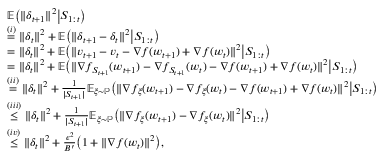
\begin{array} { r l } & { \mathbb { E } \big ( \| \delta _ { t + 1 } \| ^ { 2 } \big | S _ { 1 : t } \big ) } \\ & { \overset { ( i ) } { = } \| \delta _ { t } \| ^ { 2 } + \mathbb { E } \big ( \| \delta _ { t + 1 } - \delta _ { t } \| ^ { 2 } \big | S _ { 1 : t } \big ) } \\ & { = \| \delta _ { t } \| ^ { 2 } + \mathbb { E } \big ( \| v _ { t + 1 } - v _ { t } - \nabla f ( w _ { t + 1 } ) + \nabla f ( w _ { t } ) \| ^ { 2 } \big | S _ { 1 : t } \big ) } \\ & { = \| \delta _ { t } \| ^ { 2 } + \mathbb { E } \big ( \| \nabla f _ { S _ { t + 1 } } ( { w _ { t + 1 } } ) - \nabla f _ { S _ { t + 1 } } ( w _ { t } ) - \nabla f ( w _ { t + 1 } ) + \nabla f ( w _ { t } ) \| ^ { 2 } \big | S _ { 1 : t } \big ) } \\ & { \overset { ( i i ) } { = } \| \delta _ { t } \| ^ { 2 } + \frac { 1 } { | S _ { t + 1 } | } \mathbb { E } _ { \xi \sim \mathbb { P } } \big ( \| \nabla f _ { \xi } ( { w _ { t + 1 } } ) - \nabla f _ { \xi } ( w _ { t } ) - \nabla f ( w _ { t + 1 } ) + \nabla f ( w _ { t } ) \| ^ { 2 } \big | S _ { 1 : t } \big ) } \\ & { \overset { ( i i i ) } { \le } \| \delta _ { t } \| ^ { 2 } + \frac { 1 } { | S _ { t + 1 } | } \mathbb { E } _ { \xi \sim \mathbb { P } } \big ( \| \nabla f _ { \xi } ( { w _ { t + 1 } } ) - \nabla f _ { \xi } ( w _ { t } ) \| ^ { 2 } \big | S _ { 1 : t } \big ) } \\ & { \overset { ( i v ) } { \le } \| \delta _ { t } \| ^ { 2 } + \frac { \epsilon ^ { 2 } } { B ^ { \prime } } \big ( 1 + \| \nabla f ( w _ { t } ) \| ^ { 2 } \big ) , } \end{array}